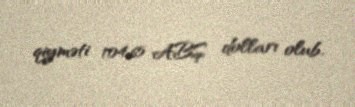
qiyməti 104,65 ABŞ dolları olub.